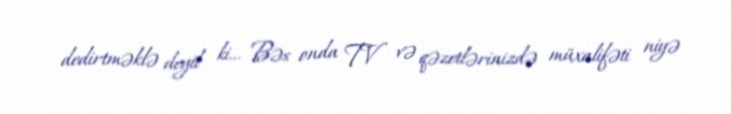
dedirtməklə deyil ki... Bəs onda TV və qəzetlərinizdə müxalifəti niyə